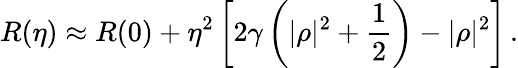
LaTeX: R(\eta)\approx R(0)+\eta^{2}\left[2\gamma\left(|\rho|^{2}+\frac{1}{2}\right)-|\rho|^{2}\right]\, .